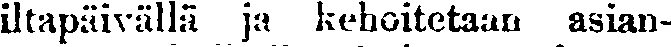
iltapäivällä ja kehoitetaan asian-